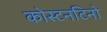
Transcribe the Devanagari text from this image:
कोस्टनटिनो